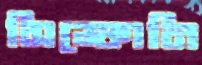
সিম্ফোনি